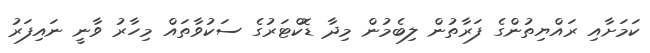
ކަމަށާއި ރައްޔިތުންގެ ފަރާތުން ލިބެމުން މިދާ ޑޮކްޓަރުގެ ސަކުވާތައް މިހާރު ވާނީ ނައިފަރު